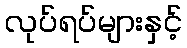
လုပ်ရပ်များနှင့်